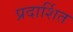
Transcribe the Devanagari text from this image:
प्रदार्शित